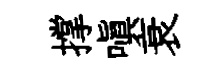
撑嗔衰